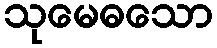
သုမေဓသော